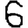
Digit: 6